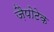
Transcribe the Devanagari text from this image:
ज़ैपोटेक